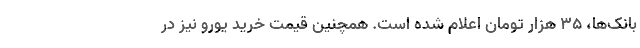
بانک‌ها، ۳۵ هزار تومان اعلام شده است. همچنین قیمت خرید یورو نیز در